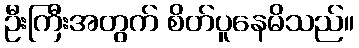
ဦးကြီးအတွက် စိတ်ပူနေမိသည်။